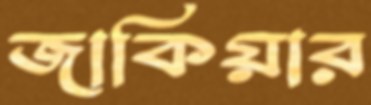
জাকিয়ার